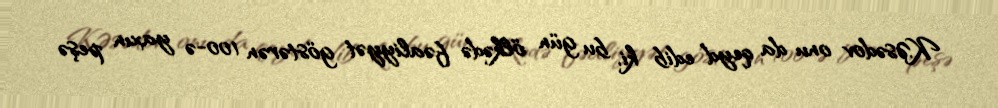
K.Əsədov onu da qeyd edib ki, bu gün ölkədə fəaliyyət göstərən 100-ə yaxın peşə